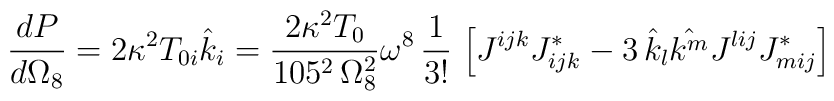
\frac{dP}{d\Omega_8} = 2\kappa^2 T_{0i}\hat{k}_i =      {2\kappa^2 T_0\over 105^2\, \Omega^2_8}\omega^8\, {1 \over 3!}\,     \left[ J^{ijk} J^{*}_{ijk} -             3 \, \hat{k}_l \hat{k^m} J^{lij} J^*_{mij}\right]